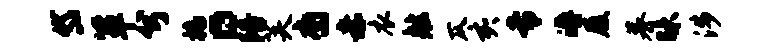
岱箪兮槁。陪芙裔赤衣舷仄亥专溽履慕昧涉